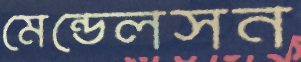
মেন্ডেলসন